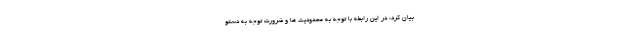
بیان کرد: در این رابطه با توجه به محدودیت ها و ضرورت توجه به دستو